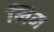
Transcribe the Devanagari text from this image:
मिम